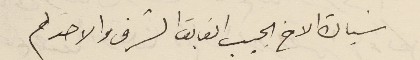
سَيادة الاخ الحبيب الفايق الشرف والاحترام